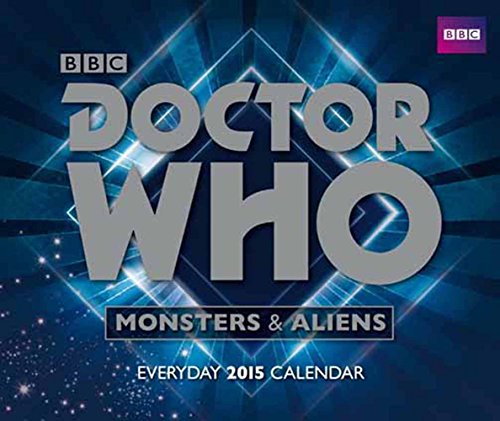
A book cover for Official Doctor Who Desk Block Calendar 2015; Calendars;